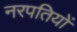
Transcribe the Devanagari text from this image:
नरपतियों